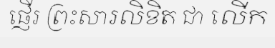
ផ្ញើរ ព្រះសារលិខិត ជា លើក